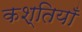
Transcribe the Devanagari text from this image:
कश्तियाँ